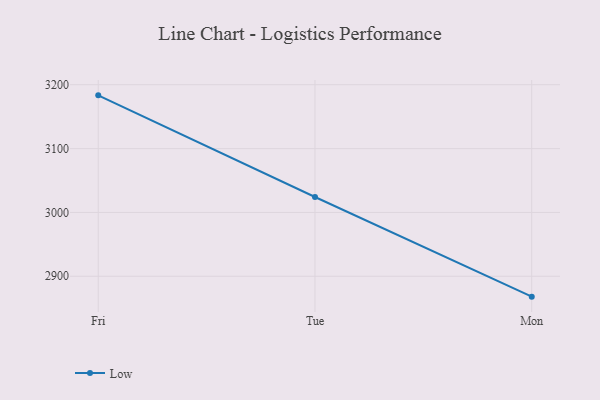
{"axis": {"x": "Day", "y": "Churn Rate (%)"}, "legend": ["Low"], "data": [{"x": "Fri", "y": 3183.4, "type": "Low"}, {"x": "Tue", "y": 3024.2, "type": "Low"}, {"x": "Mon", "y": 2868.1, "type": "Low"}]}